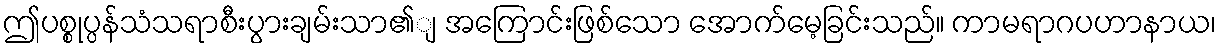
ဤပစ္စုပ္ပန်သံသရာစီးပွားချမ်းသာ၏ျ အကြောင်းဖြစ်သော အောက်မေ့ခြင်းသည်။ ကာမရာဂပဟာနာယ၊